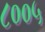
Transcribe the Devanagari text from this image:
८००५